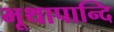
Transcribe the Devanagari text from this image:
भूथापान्दि